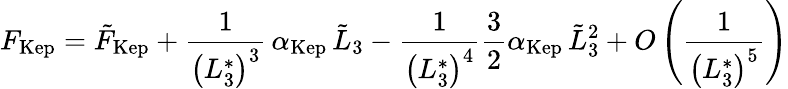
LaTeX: F_{\mathrm{Kep}}=\tilde{F}_{\mathrm{Kep}}+\frac{1}{\left(L_{3}^{*}\right)^{3}}\, \alpha_{\mathrm{Kep}}\, \tilde{L}_{3}-\frac{1}{\left(L_{3}^{*}\right)^{4}}\frac{3}{2}\alpha_{\mathrm{Kep}}\, \tilde{L}_{3}^{2}+O\left(\frac{1}{\left(L_{3}^{*}\right)^{5}}\right)